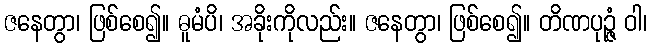
ဇနေတွာ၊ ဖြစ်စေ၍။ ဓူမံပိ၊ အခိုးကိုလည်း။ ဇနေတွာ၊ ဖြစ်စေ၍။ တိဏပုဉ္ဇံ ဝါ၊